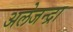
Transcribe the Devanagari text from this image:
अलेजन्द्रा